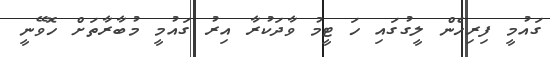
ގައުމީ ފިރިހެން ލީގުގައި ހަ ޓީމު ވާދަކުރާ އިރު ގައުމީ މުބާރާތަށް ހޮވޭނީ